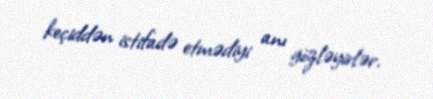
keçiddən istifadə etmədiyi anı gözləyirlər.